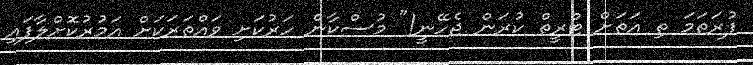
ފުރަތަމަ ތި އަތަށް ޓްރީތް ކުރަން ޖެހޭނީ!" މުސްކާން ހަރުކަށި ވައްތަރަކަށް އަމުރުކޮށްލާފައި